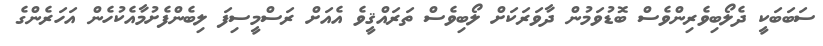
ސަބަބަކީ ދެލޯބިވެރިންވެސް ބޮޑުވަމުން ދާވަރަކަށް ލޯބިވެސް ތަރައްޤީވެ އެއަށް ރަސްމީސިފަ ލިބެންފެށުމާއެކުހެން އަހަރެންގެ